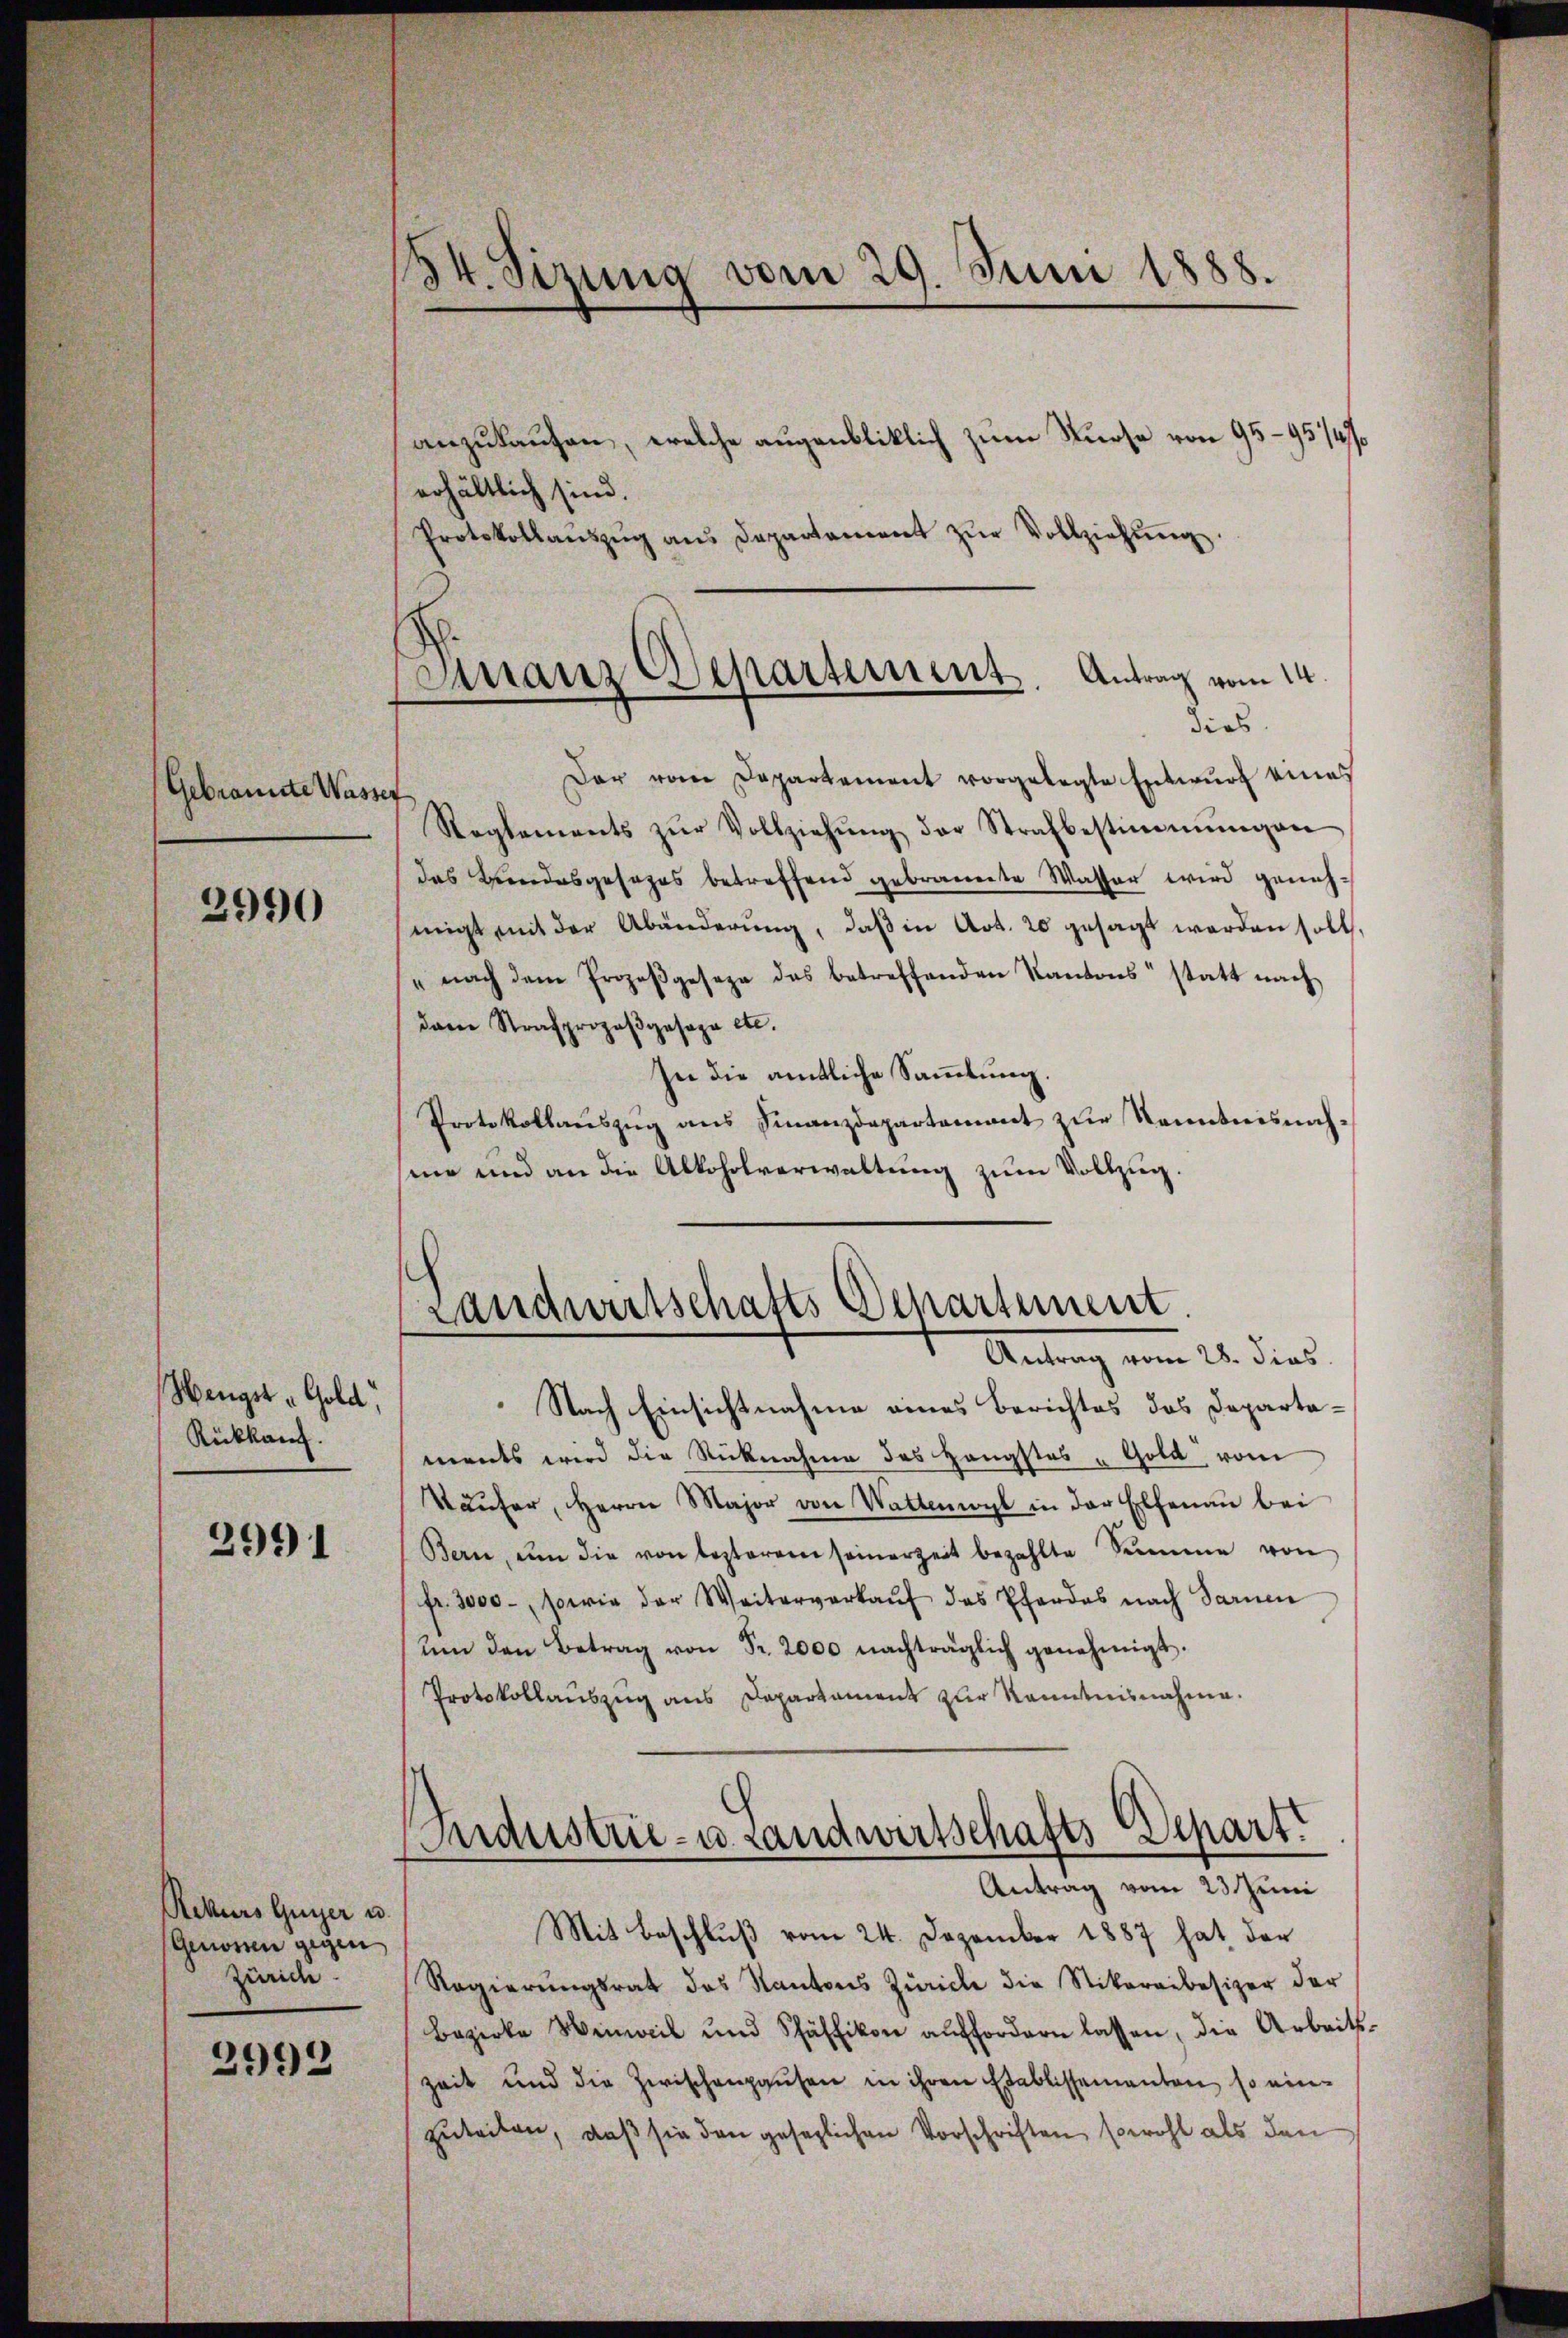
Gebrannte Wasser
2990

Hengst Gold,
Rückkauf.

2991

Rekurs Guyer u.
Genossen gegen
Zürich
2992

134. Sizung vom 29. Juni 1888.

anzukaufen, welche augenbliklich zum Kurse von 95—95/4/
erhältlich sind.
Protokollaŭszŭg ans Departament zŭr Vollziehŭng.
Finanz Departement. Antrag vom 14.

Der vom Departement vorgelegte Entwurf eines
Reglements zŭr Vollziehŭng der Strafbestimmungen
das Bundesgesezes betreffend gebrannte Wasser wird genehmigt mit der Abänderŭng, daβ in Art. 20 gesagt werden soll,
"nach dem Prozeβgeseze das betreffenden Kantons statt nach
dann Strafprozeβgesage etc.
In die amtliche Sammlung.
Protokollauszug aus Finanzdepartement zur Kenntnisnahme und an die Alkoholverwaltung zum Vollzug.
Landwirtschafts Departement.
Antrag vom 28. dies
Nach Einsichtnahme eines Berichtes das Departaments wird die Rücknahme des Hängstes "Gold vom
Wäŭfer, Herrn Major von Wattenwyl in der Elfenau bei
Bern, um die von lezteren seinerzeit bezahlte Summe von
fr. 3000. sowie der Weiterverkaŭf das Pferdes nach Sarnen
ŭm den Betrag von Fr. 2000 nachträglich genehmigt.
Protokollauszug aus Departament zur Kenntnisnahme.

dies

ndustrie- u. Landwirtschafts-Depart.
Antrag vom 23. Juni

Mit Beschluß vom 24. Dezember 1887 hat der
Regierŭngsrat des Kantons Zürich die Stikareibesizer der
Bezirke Hinweil und Schäffikon auffordern lassen, die Arbeits-
zeit und die Zwischenpausen in ihren Etablissementen, so einzuteilen, daß sie den gesezlichen Vorschriften, sowohl als den